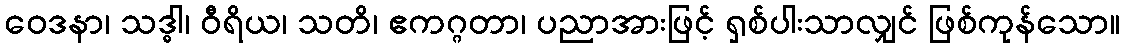
ဝေဒနာ၊ သဒ္ဓါ၊ ဝီရိယ၊ သတိ၊ ဧကဂ္ဂတာ၊ ပညာအားဖြင့် ရှစ်ပါးသာလျှင် ဖြစ်ကုန်သော။